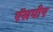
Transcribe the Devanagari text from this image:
ऍसपीए